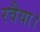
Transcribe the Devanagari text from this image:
रवैया।